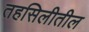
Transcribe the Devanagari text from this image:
तहसिलीतील